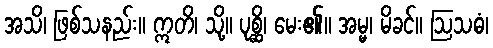
အသိ၊ ဖြစ်သနည်း။ ဣတိ၊ သို့။ ပုစ္ဆိ၊ မေး၏။ အမ္မ၊ မိခင်။ ဩသဓံ၊